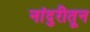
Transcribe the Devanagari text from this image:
नांदुरीतून